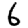
Digit: 6